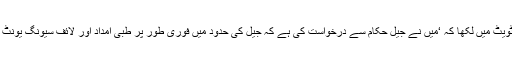
انہوں نے اپنی ٹویٹ میں لکھا کہ ‘میں نے جیل حکام سے درخواست کی ہے کہ جیل کی حدود میں فوری طور پر طبی امداد اور لائف سیونگ یونٹ قائم کیا جائے’۔